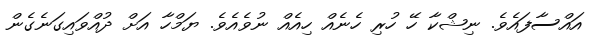
އައްސާފައެވެ. ނިޝްކާ ހޭ ހުރި ހެނެއް ހިއެއް ނުވެއެވެ. ޔަމްހާ އަށް ދުއްވައިގަނެގެން